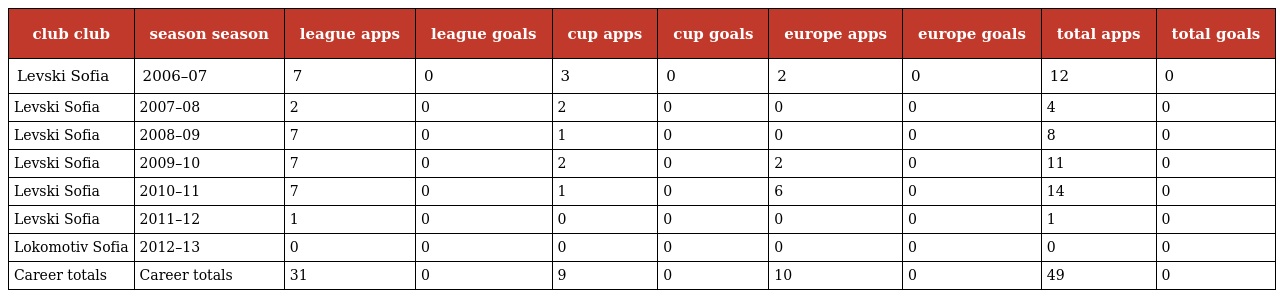
| club club | season season | league apps | league goals | cup apps | cup goals | europe apps | europe goals | total apps | total goals |
 | --- | --- | --- | --- | --- | --- | --- | --- | --- | --- |
 | Levski Sofia | 2006–07 | 7 | 0 | 3 | 0 | 2 | 0 | 12 | 0 |
 | Levski Sofia | 2007–08 | 2 | 0 | 2 | 0 | 0 | 0 | 4 | 0 |
 | Levski Sofia | 2008–09 | 7 | 0 | 1 | 0 | 0 | 0 | 8 | 0 |
 | Levski Sofia | 2009–10 | 7 | 0 | 2 | 0 | 2 | 0 | 11 | 0 |
 | Levski Sofia | 2010–11 | 7 | 0 | 1 | 0 | 6 | 0 | 14 | 0 |
 | Levski Sofia | 2011–12 | 1 | 0 | 0 | 0 | 0 | 0 | 1 | 0 |
 | Lokomotiv Sofia | 2012–13 | 0 | 0 | 0 | 0 | 0 | 0 | 0 | 0 |
 | Career totals | Career totals | 31 | 0 | 9 | 0 | 10 | 0 | 49 | 0 |